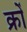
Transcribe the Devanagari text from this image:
क्रों